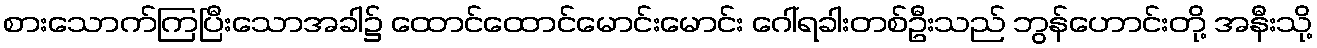
စားသောက်ကြပြီးသောအခါ၌ ထောင်ထောင်မောင်းမောင်း ဂေါ်ရခါးတစ်ဦးသည် ဘွန်ဟောင်းတို့ အနီးသို့